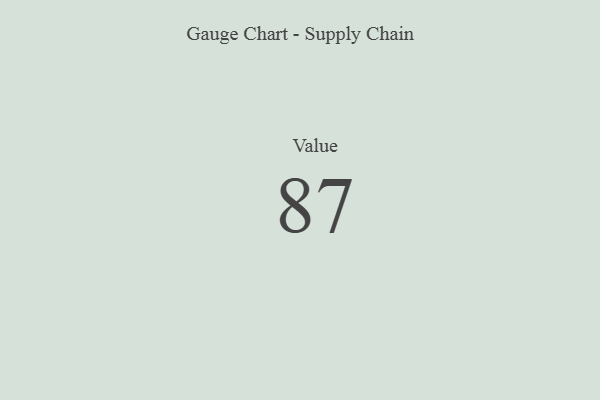
{"axis": {"x": "Metric", "y": "Value"}, "legend": [""], "data": [{"x": "Value", "y": 87, "type": ""}]}